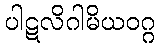
ပါဋလိဂါမိယဝဂ္ဂ